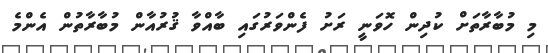
މި މުބާރާތަށް ކުދިން ހޮވަނީ ރަށު ފެންވަރުގައި ބާއްވާ ޤުރުއާން މުބާރާތުން އެންމެ